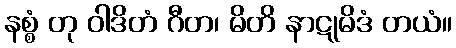
နစ္စံ တု ဝါဒိတံ ဂီတ၊ မိတိ နာဋုမိဒံ တယံ။